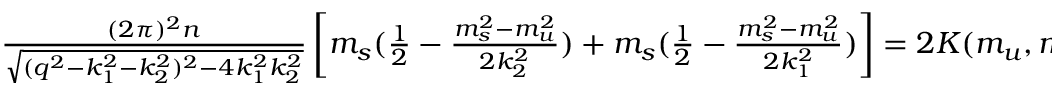
\begin{array} { r } { \frac { ( 2 \pi ) ^ { 2 } n } { \sqrt { ( q ^ { 2 } - k _ { 1 } ^ { 2 } - k _ { 2 } ^ { 2 } ) ^ { 2 } - 4 k _ { 1 } ^ { 2 } k _ { 2 } ^ { 2 } } } \left[ m _ { s } ( \frac { 1 } { 2 } - \frac { m _ { s } ^ { 2 } - m _ { u } ^ { 2 } } { 2 k _ { 2 } ^ { 2 } } ) + m _ { s } ( \frac { 1 } { 2 } - \frac { m _ { s } ^ { 2 } - m _ { u } ^ { 2 } } { 2 k _ { 1 } ^ { 2 } } ) \right] = 2 K ( m _ { u } , m _ { d } , m _ { s } ) , } \end{array}